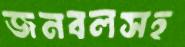
জনবলসহ